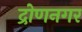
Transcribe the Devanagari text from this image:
द्रोणनगर